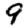
Digit: 9